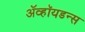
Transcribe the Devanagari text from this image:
ॲव्हॉयडन्स